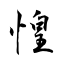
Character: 惶